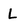
Character: L